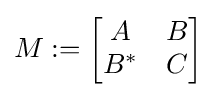
M:=\left[{\begin{matrix}A&B\\B^{*}&C\end{matrix}}\right]